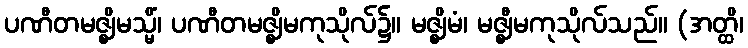
ပဏီတမဇ္ဈိမသ္မိံ၊ ပဏီတမဇ္ဈိမကုသိုလ်၌။ မဇ္ဈိမံ၊ မဇ္ဈီမကုသိုလ်သည်။ (အတ္ထိ၊